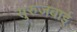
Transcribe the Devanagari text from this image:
सुरुजबाई